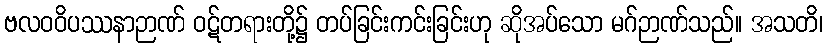
ဗလဝဝိပဿနာဉာဏ် ဝဋ်တရားတို့၌ တပ်ခြင်းကင်းခြင်းဟု ဆိုအပ်သော မဂ်ဉာဏ်သည်။ အသတိ၊